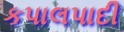
કપાલપાદી